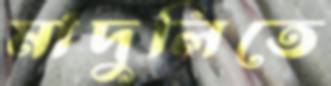
মাদুলিতে